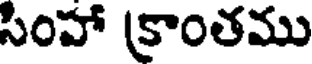
సింహా (కాంతము